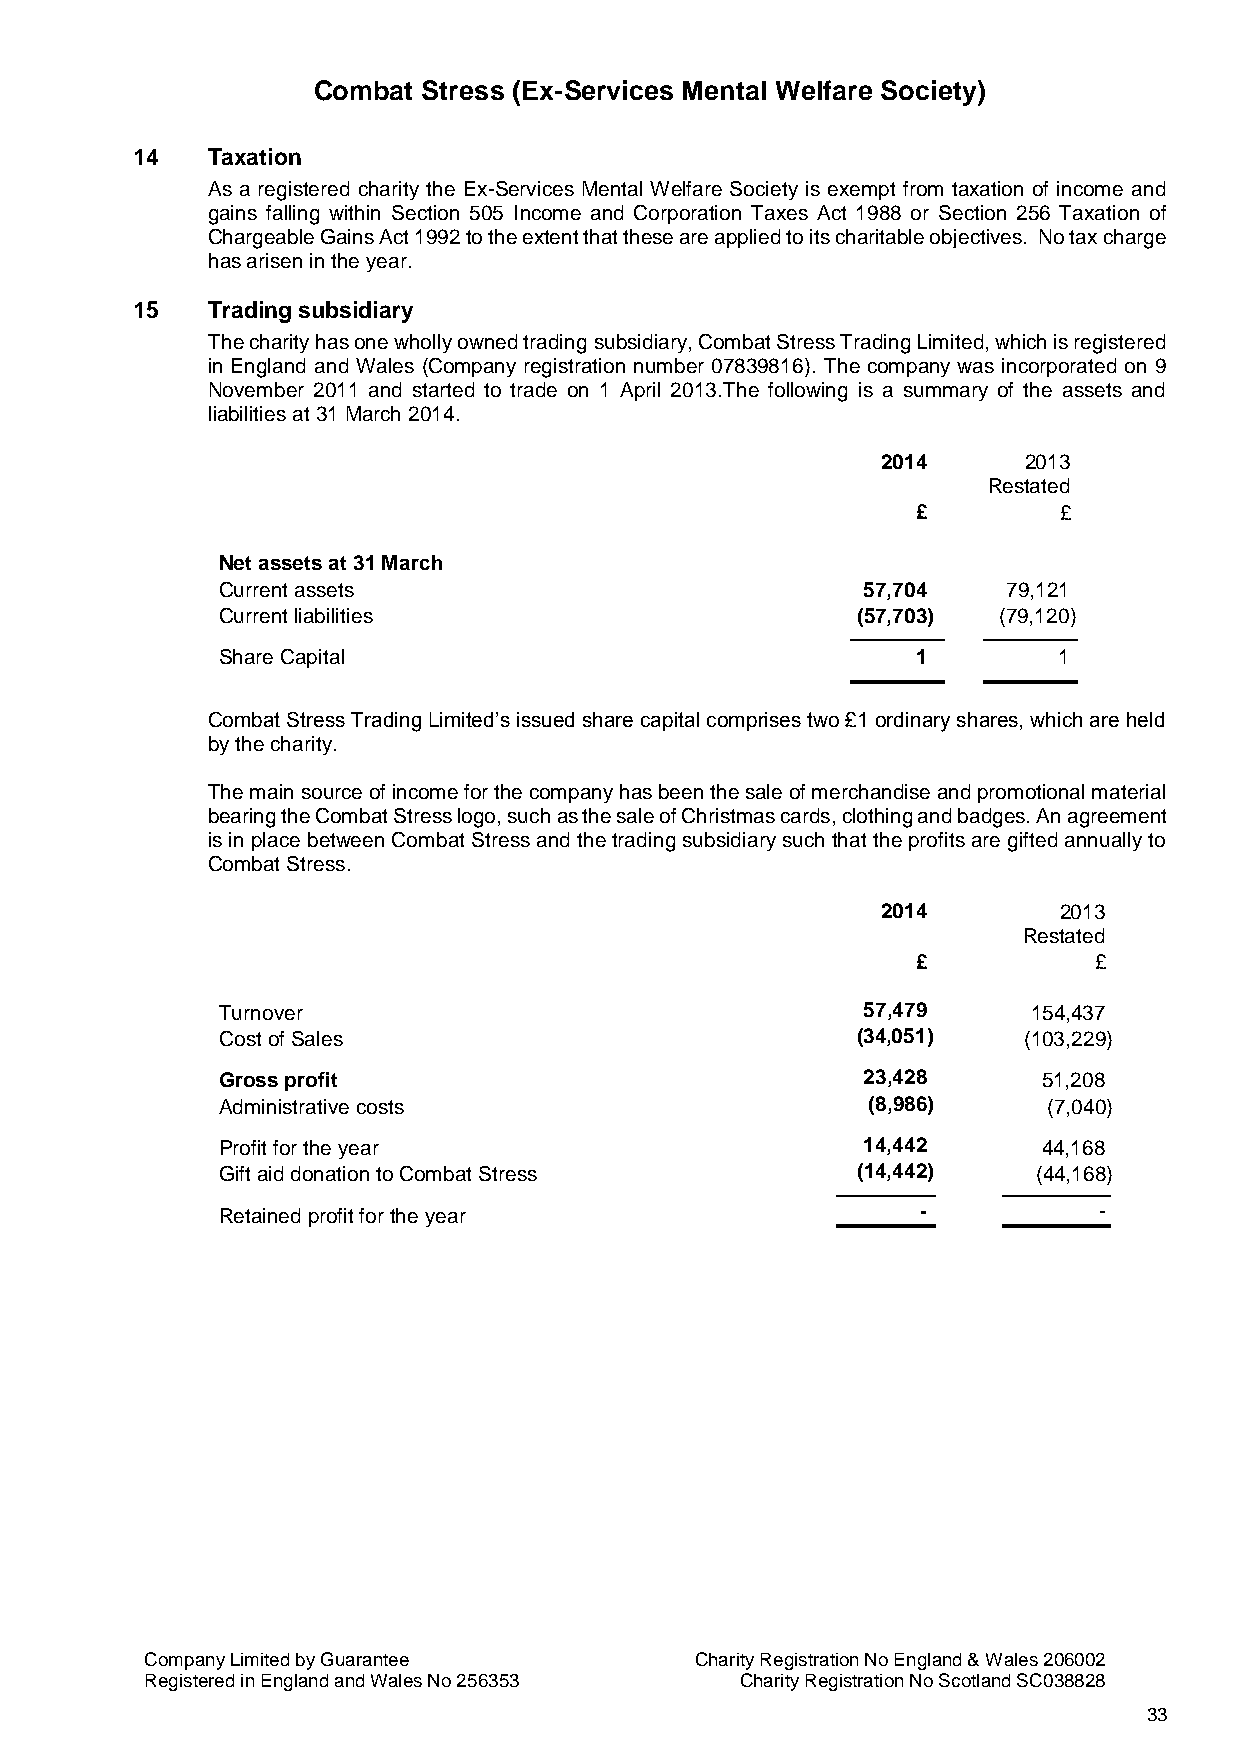
Combat Stress (Ex-Services Mental Welfare Society)
 14   Taxation
 As a registered charity the Ex-Services Mental Welfare Society is exempt from taxation of income and
 gains falling within Section 505 Income and Corporation Taxes Act 1988 or Section 256 Taxation of
 Chargeable Gains Act 1992 to the extent that these are applied to its charitable objectives. No tax charge
 has arisen in the year.
 15   Trading subsidiary
 The charity has one wholly owned trading subsidiary, Combat Stress Trading Limited, which is registered
 in England and Wales (Company registration number 07839816). The company was incorporated on 9
 November 2011 and started to trade on 1 April 2013.The following is a summary of the assets and
 liabilities at 31 March 2014.
 2014      2013
 Restated
 £        £
 Net assets at 31 March
 Current assets                            57,704    79,121
 Current liabilities                       (57,703) (79,120)
 Share Capital                                 1        1
 Combat Stress Trading Limited’s issued share capital comprises two £1 ordinary shares, which are held
 by the charity.
 The main source of income for the company has been the sale of merchandise and promotional material
 bearing the Combat Stress logo, such as the sale of Christmas cards, clothing and badges. An agreement
 is in place between Combat Stress and the trading subsidiary such that the profits are gifted annually to
 Combat Stress.
 2014        2013
 Restated
 £          £
 Turnover                                  57,479     154,437
 Cost of Sales                             (34,051)   (103,229)
 Gross profit                              23,428      51,208
 Administrative costs                      (8,986)     (7,040)
 Profit for the year                       14,442      44,168
 Gift aid donation to Combat Stress        (14,442)    (44,168)
 Retained profit for the year                  -           -
 Company Limited by Guarantee        Charity Registration No England & Wales 206002
 Registered in England and Wales No 256353 Charity Registration No Scotland SC038828
 33